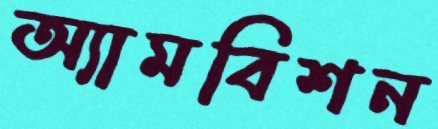
অ্যামবিশন